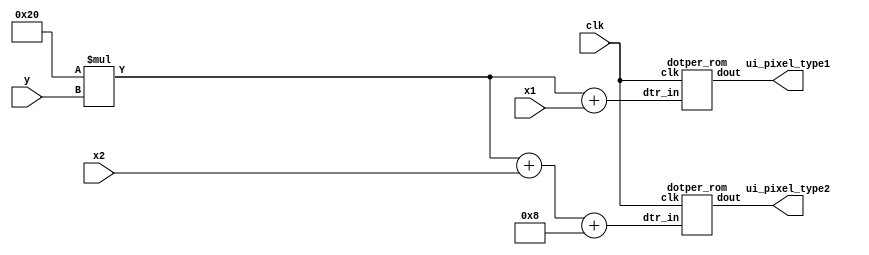
`timescale 1ns / 1ps

module dotper_rom_reader(
    input clk,
    input [4:0]x1,
    input [4:0]x2,
    input [4:0]y,
    output [1:0] ui_pixel_type1,
    output [1:0] ui_pixel_type2
    );
    wire [9:0] dpt_in1;
    wire [9:0] dpt_in2;
    dotper_rom dpr1(clk,dpt_in1, ui_pixel_type1);
    dotper_rom dpr2(clk,dpt_in2, ui_pixel_type2);

    assign dpt_in1 = 32*y+x1;
    assign dpt_in2 = 32*y+x2+8;
    
endmodule

module dotper_rom(
    input clk,
    input [9:0]dtr_in,
    output reg[1:0] dout
    );
    wire [1:0] memdotper[767:0];
    always @(posedge clk)begin
        dout = memdotper[dtr_in];
    end
          
    assign memdotper[0   ] = 2'd0;
    assign memdotper[1   ] = 2'd0;
    assign memdotper[2   ] = 2'd0;
    assign memdotper[3   ] = 2'd0;
    assign memdotper[4   ] = 2'd0;
    assign memdotper[5   ] = 2'd0;
    assign memdotper[6   ] = 2'd0;
    assign memdotper[7   ] = 2'd0;
    assign memdotper[8   ] = 2'd0;
    assign memdotper[9   ] = 2'd0;
    assign memdotper[10  ] = 2'd0;
    assign memdotper[11  ] = 2'd2;
    assign memdotper[12  ] = 2'd2;
    assign memdotper[13  ] = 2'd2;
    assign memdotper[14  ] = 2'd2;
    assign memdotper[15  ] = 2'd2;
    assign memdotper[16  ] = 2'd0;
    assign memdotper[17  ] = 2'd0;
    assign memdotper[18  ] = 2'd0;
    assign memdotper[19  ] = 2'd0;
    assign memdotper[20  ] = 2'd0;
    assign memdotper[21  ] = 2'd0;
    assign memdotper[22  ] = 2'd0;
    assign memdotper[23  ] = 2'd0;
    assign memdotper[24  ] = 2'd0;
    assign memdotper[25  ] = 2'd2;
    assign memdotper[26  ] = 2'd2;
    assign memdotper[27  ] = 2'd2;
    assign memdotper[28  ] = 2'd0;
    assign memdotper[29  ] = 2'd0;
    assign memdotper[30  ] = 2'd0;
    assign memdotper[31  ] = 2'd0;
    assign memdotper[32  ] = 2'd0;
    assign memdotper[33  ] = 2'd0;
    assign memdotper[34  ] = 2'd0;
    assign memdotper[35  ] = 2'd0;
    assign memdotper[36  ] = 2'd0;
    assign memdotper[37  ] = 2'd0;
    assign memdotper[38  ] = 2'd0;
    assign memdotper[39  ] = 2'd0;
    assign memdotper[40  ] = 2'd0;
    assign memdotper[41  ] = 2'd0;
    assign memdotper[42  ] = 2'd2;
    assign memdotper[43  ] = 2'd2;
    assign memdotper[44  ] = 2'd2;
    assign memdotper[45  ] = 2'd2;
    assign memdotper[46  ] = 2'd2;
    assign memdotper[47  ] = 2'd2;
    assign memdotper[48  ] = 2'd2;
    assign memdotper[49  ] = 2'd0;
    assign memdotper[50  ] = 2'd0;
    assign memdotper[51  ] = 2'd0;
    assign memdotper[52  ] = 2'd0;
    assign memdotper[53  ] = 2'd0;
    assign memdotper[54  ] = 2'd0;
    assign memdotper[55  ] = 2'd0;
    assign memdotper[56  ] = 2'd2;
    assign memdotper[57  ] = 2'd2;
    assign memdotper[58  ] = 2'd2;
    assign memdotper[59  ] = 2'd1;
    assign memdotper[60  ] = 2'd1;
    assign memdotper[61  ] = 2'd0;
    assign memdotper[62  ] = 2'd0;
    assign memdotper[63  ] = 2'd0;
    assign memdotper[64  ] = 2'd0;
    assign memdotper[65  ] = 2'd0;
    assign memdotper[66  ] = 2'd0;
    assign memdotper[67  ] = 2'd0;
    assign memdotper[68  ] = 2'd0;
    assign memdotper[69  ] = 2'd0;
    assign memdotper[70  ] = 2'd0;
    assign memdotper[71  ] = 2'd0;
    assign memdotper[72  ] = 2'd0;
    assign memdotper[73  ] = 2'd2;
    assign memdotper[74  ] = 2'd2;
    assign memdotper[75  ] = 2'd2;
    assign memdotper[76  ] = 2'd1;
    assign memdotper[77  ] = 2'd1;
    assign memdotper[78  ] = 2'd1;
    assign memdotper[79  ] = 2'd2;
    assign memdotper[80  ] = 2'd2;
    assign memdotper[81  ] = 2'd2;
    assign memdotper[82  ] = 2'd0;
    assign memdotper[83  ] = 2'd0;
    assign memdotper[84  ] = 2'd0;
    assign memdotper[85  ] = 2'd0;
    assign memdotper[86  ] = 2'd0;
    assign memdotper[87  ] = 2'd0;
    assign memdotper[88  ] = 2'd2;
    assign memdotper[89  ] = 2'd2;
    assign memdotper[90  ] = 2'd1;
    assign memdotper[91  ] = 2'd1;
    assign memdotper[92  ] = 2'd0;
    assign memdotper[93  ] = 2'd0;
    assign memdotper[94  ] = 2'd0;
    assign memdotper[95  ] = 2'd0;
    assign memdotper[96  ] = 2'd0;
    assign memdotper[97  ] = 2'd0;
    assign memdotper[98  ] = 2'd0;
    assign memdotper[99  ] = 2'd0;
    assign memdotper[100 ] = 2'd0;
    assign memdotper[101 ] = 2'd0;
    assign memdotper[102 ] = 2'd0;
    assign memdotper[103 ] = 2'd0;
    assign memdotper[104 ] = 2'd2;
    assign memdotper[105 ] = 2'd2;
    assign memdotper[106 ] = 2'd2;
    assign memdotper[107 ] = 2'd1;
    assign memdotper[108 ] = 2'd1;
    assign memdotper[109 ] = 2'd0;
    assign memdotper[110 ] = 2'd0;
    assign memdotper[111 ] = 2'd0;
    assign memdotper[112 ] = 2'd2;
    assign memdotper[113 ] = 2'd2;
    assign memdotper[114 ] = 2'd2;
    assign memdotper[115 ] = 2'd0;
    assign memdotper[116 ] = 2'd0;
    assign memdotper[117 ] = 2'd0;
    assign memdotper[118 ] = 2'd0;
    assign memdotper[119 ] = 2'd2;
    assign memdotper[120 ] = 2'd2;
    assign memdotper[121 ] = 2'd2;
    assign memdotper[122 ] = 2'd1;
    assign memdotper[123 ] = 2'd0;
    assign memdotper[124 ] = 2'd0;
    assign memdotper[125 ] = 2'd0;
    assign memdotper[126 ] = 2'd0;
    assign memdotper[127 ] = 2'd0;
    assign memdotper[128 ] = 2'd0;
    assign memdotper[129 ] = 2'd0;
    assign memdotper[130 ] = 2'd0;
    assign memdotper[131 ] = 2'd0;
    assign memdotper[132 ] = 2'd0;
    assign memdotper[133 ] = 2'd0;
    assign memdotper[134 ] = 2'd0;
    assign memdotper[135 ] = 2'd0;
    assign memdotper[136 ] = 2'd2;
    assign memdotper[137 ] = 2'd2;
    assign memdotper[138 ] = 2'd1;
    assign memdotper[139 ] = 2'd1;
    assign memdotper[140 ] = 2'd0;
    assign memdotper[141 ] = 2'd0;
    assign memdotper[142 ] = 2'd0;
    assign memdotper[143 ] = 2'd0;
    assign memdotper[144 ] = 2'd0;
    assign memdotper[145 ] = 2'd2;
    assign memdotper[146 ] = 2'd2;
    assign memdotper[147 ] = 2'd0;
    assign memdotper[148 ] = 2'd0;
    assign memdotper[149 ] = 2'd0;
    assign memdotper[150 ] = 2'd0;
    assign memdotper[151 ] = 2'd2;
    assign memdotper[152 ] = 2'd2;
    assign memdotper[153 ] = 2'd1;
    assign memdotper[154 ] = 2'd1;
    assign memdotper[155 ] = 2'd0;
    assign memdotper[156 ] = 2'd0;
    assign memdotper[157 ] = 2'd0;
    assign memdotper[158 ] = 2'd0;
    assign memdotper[159 ] = 2'd0;
    assign memdotper[160 ] = 2'd0;
    assign memdotper[161 ] = 2'd0;
    assign memdotper[162 ] = 2'd0;
    assign memdotper[163 ] = 2'd0;
    assign memdotper[164 ] = 2'd0;
    assign memdotper[165 ] = 2'd0;
    assign memdotper[166 ] = 2'd0;
    assign memdotper[167 ] = 2'd0;
    assign memdotper[168 ] = 2'd2;
    assign memdotper[169 ] = 2'd2;
    assign memdotper[170 ] = 2'd1;
    assign memdotper[171 ] = 2'd0;
    assign memdotper[172 ] = 2'd0;
    assign memdotper[173 ] = 2'd0;
    assign memdotper[174 ] = 2'd0;
    assign memdotper[175 ] = 2'd0;
    assign memdotper[176 ] = 2'd0;
    assign memdotper[177 ] = 2'd2;
    assign memdotper[178 ] = 2'd2;
    assign memdotper[179 ] = 2'd1;
    assign memdotper[180 ] = 2'd0;
    assign memdotper[181 ] = 2'd0;
    assign memdotper[182 ] = 2'd2;
    assign memdotper[183 ] = 2'd2;
    assign memdotper[184 ] = 2'd1;
    assign memdotper[185 ] = 2'd1;
    assign memdotper[186 ] = 2'd0;
    assign memdotper[187 ] = 2'd0;
    assign memdotper[188 ] = 2'd0;
    assign memdotper[189 ] = 2'd0;
    assign memdotper[190 ] = 2'd0;
    assign memdotper[191 ] = 2'd0;
    assign memdotper[192 ] = 2'd0;
    assign memdotper[193 ] = 2'd0;
    assign memdotper[194 ] = 2'd0;
    assign memdotper[195 ] = 2'd0;
    assign memdotper[196 ] = 2'd0;
    assign memdotper[197 ] = 2'd0;
    assign memdotper[198 ] = 2'd0;
    assign memdotper[199 ] = 2'd0;
    assign memdotper[200 ] = 2'd2;
    assign memdotper[201 ] = 2'd2;
    assign memdotper[202 ] = 2'd1;
    assign memdotper[203 ] = 2'd0;
    assign memdotper[204 ] = 2'd0;
    assign memdotper[205 ] = 2'd0;
    assign memdotper[206 ] = 2'd0;
    assign memdotper[207 ] = 2'd0;
    assign memdotper[208 ] = 2'd0;
    assign memdotper[209 ] = 2'd2;
    assign memdotper[210 ] = 2'd2;
    assign memdotper[211 ] = 2'd1;
    assign memdotper[212 ] = 2'd0;
    assign memdotper[213 ] = 2'd2;
    assign memdotper[214 ] = 2'd2;
    assign memdotper[215 ] = 2'd2;
    assign memdotper[216 ] = 2'd1;
    assign memdotper[217 ] = 2'd0;
    assign memdotper[218 ] = 2'd0;
    assign memdotper[219 ] = 2'd0;
    assign memdotper[220 ] = 2'd0;
    assign memdotper[221 ] = 2'd0;
    assign memdotper[222 ] = 2'd0;
    assign memdotper[223 ] = 2'd0;
    assign memdotper[224 ] = 2'd0;
    assign memdotper[225 ] = 2'd0;
    assign memdotper[226 ] = 2'd0;
    assign memdotper[227 ] = 2'd0;
    assign memdotper[228 ] = 2'd0;
    assign memdotper[229 ] = 2'd0;
    assign memdotper[230 ] = 2'd0;
    assign memdotper[231 ] = 2'd0;
    assign memdotper[232 ] = 2'd2;
    assign memdotper[233 ] = 2'd2;
    assign memdotper[234 ] = 2'd2;
    assign memdotper[235 ] = 2'd0;
    assign memdotper[236 ] = 2'd0;
    assign memdotper[237 ] = 2'd0;
    assign memdotper[238 ] = 2'd0;
    assign memdotper[239 ] = 2'd0;
    assign memdotper[240 ] = 2'd2;
    assign memdotper[241 ] = 2'd2;
    assign memdotper[242 ] = 2'd2;
    assign memdotper[243 ] = 2'd1;
    assign memdotper[244 ] = 2'd0;
    assign memdotper[245 ] = 2'd2;
    assign memdotper[246 ] = 2'd2;
    assign memdotper[247 ] = 2'd1;
    assign memdotper[248 ] = 2'd1;
    assign memdotper[249 ] = 2'd0;
    assign memdotper[250 ] = 2'd0;
    assign memdotper[251 ] = 2'd0;
    assign memdotper[252 ] = 2'd0;
    assign memdotper[253 ] = 2'd0;
    assign memdotper[254 ] = 2'd0;
    assign memdotper[255 ] = 2'd0;
    assign memdotper[256 ] = 2'd0;
    assign memdotper[257 ] = 2'd0;
    assign memdotper[258 ] = 2'd0;
    assign memdotper[259 ] = 2'd0;
    assign memdotper[260 ] = 2'd0;
    assign memdotper[261 ] = 2'd0;
    assign memdotper[262 ] = 2'd0;
    assign memdotper[263 ] = 2'd0;
    assign memdotper[264 ] = 2'd0;
    assign memdotper[265 ] = 2'd2;
    assign memdotper[266 ] = 2'd2;
    assign memdotper[267 ] = 2'd2;
    assign memdotper[268 ] = 2'd0;
    assign memdotper[269 ] = 2'd0;
    assign memdotper[270 ] = 2'd0;
    assign memdotper[271 ] = 2'd2;
    assign memdotper[272 ] = 2'd2;
    assign memdotper[273 ] = 2'd2;
    assign memdotper[274 ] = 2'd1;
    assign memdotper[275 ] = 2'd1;
    assign memdotper[276 ] = 2'd2;
    assign memdotper[277 ] = 2'd2;
    assign memdotper[278 ] = 2'd1;
    assign memdotper[279 ] = 2'd1;
    assign memdotper[280 ] = 2'd0;
    assign memdotper[281 ] = 2'd0;
    assign memdotper[282 ] = 2'd0;
    assign memdotper[283 ] = 2'd0;
    assign memdotper[284 ] = 2'd0;
    assign memdotper[285 ] = 2'd0;
    assign memdotper[286 ] = 2'd0;
    assign memdotper[287 ] = 2'd0;
    assign memdotper[288 ] = 2'd0;
    assign memdotper[289 ] = 2'd0;
    assign memdotper[290 ] = 2'd0;
    assign memdotper[291 ] = 2'd0;
    assign memdotper[292 ] = 2'd0;
    assign memdotper[293 ] = 2'd0;
    assign memdotper[294 ] = 2'd0;
    assign memdotper[295 ] = 2'd0;
    assign memdotper[296 ] = 2'd0;
    assign memdotper[297 ] = 2'd0;
    assign memdotper[298 ] = 2'd2;
    assign memdotper[299 ] = 2'd2;
    assign memdotper[300 ] = 2'd2;
    assign memdotper[301 ] = 2'd2;
    assign memdotper[302 ] = 2'd2;
    assign memdotper[303 ] = 2'd2;
    assign memdotper[304 ] = 2'd2;
    assign memdotper[305 ] = 2'd1;
    assign memdotper[306 ] = 2'd1;
    assign memdotper[307 ] = 2'd2;
    assign memdotper[308 ] = 2'd2;
    assign memdotper[309 ] = 2'd2;
    assign memdotper[310 ] = 2'd1;
    assign memdotper[311 ] = 2'd0;
    assign memdotper[312 ] = 2'd0;
    assign memdotper[313 ] = 2'd0;
    assign memdotper[314 ] = 2'd0;
    assign memdotper[315 ] = 2'd0;
    assign memdotper[316 ] = 2'd0;
    assign memdotper[317 ] = 2'd0;
    assign memdotper[318 ] = 2'd0;
    assign memdotper[319 ] = 2'd0;
    assign memdotper[320 ] = 2'd0;
    assign memdotper[321 ] = 2'd0;
    assign memdotper[322 ] = 2'd0;
    assign memdotper[323 ] = 2'd0;
    assign memdotper[324 ] = 2'd0;
    assign memdotper[325 ] = 2'd0;
    assign memdotper[326 ] = 2'd0;
    assign memdotper[327 ] = 2'd0;
    assign memdotper[328 ] = 2'd0;
    assign memdotper[329 ] = 2'd0;
    assign memdotper[330 ] = 2'd0;
    assign memdotper[331 ] = 2'd2;
    assign memdotper[332 ] = 2'd2;
    assign memdotper[333 ] = 2'd2;
    assign memdotper[334 ] = 2'd2;
    assign memdotper[335 ] = 2'd2;
    assign memdotper[336 ] = 2'd1;
    assign memdotper[337 ] = 2'd1;
    assign memdotper[338 ] = 2'd0;
    assign memdotper[339 ] = 2'd2;
    assign memdotper[340 ] = 2'd2;
    assign memdotper[341 ] = 2'd1;
    assign memdotper[342 ] = 2'd1;
    assign memdotper[343 ] = 2'd0;
    assign memdotper[344 ] = 2'd0;
    assign memdotper[345 ] = 2'd0;
    assign memdotper[346 ] = 2'd0;
    assign memdotper[347 ] = 2'd0;
    assign memdotper[348 ] = 2'd0;
    assign memdotper[349 ] = 2'd0;
    assign memdotper[350 ] = 2'd0;
    assign memdotper[351 ] = 2'd0;
    assign memdotper[352 ] = 2'd0;
    assign memdotper[353 ] = 2'd0;
    assign memdotper[354 ] = 2'd0;
    assign memdotper[355 ] = 2'd0;
    assign memdotper[356 ] = 2'd0;
    assign memdotper[357 ] = 2'd0;
    assign memdotper[358 ] = 2'd0;
    assign memdotper[359 ] = 2'd0;
    assign memdotper[360 ] = 2'd0;
    assign memdotper[361 ] = 2'd0;
    assign memdotper[362 ] = 2'd0;
    assign memdotper[363 ] = 2'd0;
    assign memdotper[364 ] = 2'd1;
    assign memdotper[365 ] = 2'd1;
    assign memdotper[366 ] = 2'd1;
    assign memdotper[367 ] = 2'd1;
    assign memdotper[368 ] = 2'd1;
    assign memdotper[369 ] = 2'd0;
    assign memdotper[370 ] = 2'd2;
    assign memdotper[371 ] = 2'd2;
    assign memdotper[372 ] = 2'd1;
    assign memdotper[373 ] = 2'd1;
    assign memdotper[374 ] = 2'd0;
    assign memdotper[375 ] = 2'd0;
    assign memdotper[376 ] = 2'd0;
    assign memdotper[377 ] = 2'd0;
    assign memdotper[378 ] = 2'd0;
    assign memdotper[379 ] = 2'd0;
    assign memdotper[380 ] = 2'd0;
    assign memdotper[381 ] = 2'd0;
    assign memdotper[382 ] = 2'd0;
    assign memdotper[383 ] = 2'd0;
    assign memdotper[384 ] = 2'd0;
    assign memdotper[385 ] = 2'd0;
    assign memdotper[386 ] = 2'd0;
    assign memdotper[387 ] = 2'd0;
    assign memdotper[388 ] = 2'd0;
    assign memdotper[389 ] = 2'd0;
    assign memdotper[390 ] = 2'd0;
    assign memdotper[391 ] = 2'd0;
    assign memdotper[392 ] = 2'd0;
    assign memdotper[393 ] = 2'd0;
    assign memdotper[394 ] = 2'd0;
    assign memdotper[395 ] = 2'd0;
    assign memdotper[396 ] = 2'd0;
    assign memdotper[397 ] = 2'd0;
    assign memdotper[398 ] = 2'd0;
    assign memdotper[399 ] = 2'd0;
    assign memdotper[400 ] = 2'd0;
    assign memdotper[401 ] = 2'd2;
    assign memdotper[402 ] = 2'd2;
    assign memdotper[403 ] = 2'd2;
    assign memdotper[404 ] = 2'd1;
    assign memdotper[405 ] = 2'd0;
    assign memdotper[406 ] = 2'd0;
    assign memdotper[407 ] = 2'd2;
    assign memdotper[408 ] = 2'd2;
    assign memdotper[409 ] = 2'd2;
    assign memdotper[410 ] = 2'd2;
    assign memdotper[411 ] = 2'd2;
    assign memdotper[412 ] = 2'd0;
    assign memdotper[413 ] = 2'd0;
    assign memdotper[414 ] = 2'd0;
    assign memdotper[415 ] = 2'd0;
    assign memdotper[416 ] = 2'd0;
    assign memdotper[417 ] = 2'd0;
    assign memdotper[418 ] = 2'd0;
    assign memdotper[419 ] = 2'd0;
    assign memdotper[420 ] = 2'd0;
    assign memdotper[421 ] = 2'd0;
    assign memdotper[422 ] = 2'd0;
    assign memdotper[423 ] = 2'd0;
    assign memdotper[424 ] = 2'd0;
    assign memdotper[425 ] = 2'd0;
    assign memdotper[426 ] = 2'd0;
    assign memdotper[427 ] = 2'd0;
    assign memdotper[428 ] = 2'd0;
    assign memdotper[429 ] = 2'd0;
    assign memdotper[430 ] = 2'd0;
    assign memdotper[431 ] = 2'd0;
    assign memdotper[432 ] = 2'd0;
    assign memdotper[433 ] = 2'd2;
    assign memdotper[434 ] = 2'd2;
    assign memdotper[435 ] = 2'd1;
    assign memdotper[436 ] = 2'd1;
    assign memdotper[437 ] = 2'd0;
    assign memdotper[438 ] = 2'd2;
    assign memdotper[439 ] = 2'd2;
    assign memdotper[440 ] = 2'd2;
    assign memdotper[441 ] = 2'd2;
    assign memdotper[442 ] = 2'd2;
    assign memdotper[443 ] = 2'd2;
    assign memdotper[444 ] = 2'd2;
    assign memdotper[445 ] = 2'd0;
    assign memdotper[446 ] = 2'd0;
    assign memdotper[447 ] = 2'd0;
    assign memdotper[448 ] = 2'd0;
    assign memdotper[449 ] = 2'd0;
    assign memdotper[450 ] = 2'd0;
    assign memdotper[451 ] = 2'd0;
    assign memdotper[452 ] = 2'd0;
    assign memdotper[453 ] = 2'd0;
    assign memdotper[454 ] = 2'd0;
    assign memdotper[455 ] = 2'd0;
    assign memdotper[456 ] = 2'd0;
    assign memdotper[457 ] = 2'd0;
    assign memdotper[458 ] = 2'd0;
    assign memdotper[459 ] = 2'd0;
    assign memdotper[460 ] = 2'd0;
    assign memdotper[461 ] = 2'd0;
    assign memdotper[462 ] = 2'd0;
    assign memdotper[463 ] = 2'd0;
    assign memdotper[464 ] = 2'd2;
    assign memdotper[465 ] = 2'd2;
    assign memdotper[466 ] = 2'd1;
    assign memdotper[467 ] = 2'd1;
    assign memdotper[468 ] = 2'd0;
    assign memdotper[469 ] = 2'd2;
    assign memdotper[470 ] = 2'd2;
    assign memdotper[471 ] = 2'd2;
    assign memdotper[472 ] = 2'd1;
    assign memdotper[473 ] = 2'd1;
    assign memdotper[474 ] = 2'd1;
    assign memdotper[475 ] = 2'd2;
    assign memdotper[476 ] = 2'd2;
    assign memdotper[477 ] = 2'd2;
    assign memdotper[478 ] = 2'd0;
    assign memdotper[479 ] = 2'd0;
    assign memdotper[480 ] = 2'd0;
    assign memdotper[481 ] = 2'd0;
    assign memdotper[482 ] = 2'd0;
    assign memdotper[483 ] = 2'd0;
    assign memdotper[484 ] = 2'd0;
    assign memdotper[485 ] = 2'd0;
    assign memdotper[486 ] = 2'd0;
    assign memdotper[487 ] = 2'd0;
    assign memdotper[488 ] = 2'd0;
    assign memdotper[489 ] = 2'd0;
    assign memdotper[490 ] = 2'd0;
    assign memdotper[491 ] = 2'd0;
    assign memdotper[492 ] = 2'd0;
    assign memdotper[493 ] = 2'd0;
    assign memdotper[494 ] = 2'd0;
    assign memdotper[495 ] = 2'd2;
    assign memdotper[496 ] = 2'd2;
    assign memdotper[497 ] = 2'd2;
    assign memdotper[498 ] = 2'd1;
    assign memdotper[499 ] = 2'd0;
    assign memdotper[500 ] = 2'd2;
    assign memdotper[501 ] = 2'd2;
    assign memdotper[502 ] = 2'd2;
    assign memdotper[503 ] = 2'd1;
    assign memdotper[504 ] = 2'd1;
    assign memdotper[505 ] = 2'd0;
    assign memdotper[506 ] = 2'd0;
    assign memdotper[507 ] = 2'd0;
    assign memdotper[508 ] = 2'd2;
    assign memdotper[509 ] = 2'd2;
    assign memdotper[510 ] = 2'd2;
    assign memdotper[511 ] = 2'd0;
    assign memdotper[512 ] = 2'd0;
    assign memdotper[513 ] = 2'd0;
    assign memdotper[514 ] = 2'd0;
    assign memdotper[515 ] = 2'd0;
    assign memdotper[516 ] = 2'd0;
    assign memdotper[517 ] = 2'd0;
    assign memdotper[518 ] = 2'd0;
    assign memdotper[519 ] = 2'd0;
    assign memdotper[520 ] = 2'd0;
    assign memdotper[521 ] = 2'd0;
    assign memdotper[522 ] = 2'd0;
    assign memdotper[523 ] = 2'd0;
    assign memdotper[524 ] = 2'd0;
    assign memdotper[525 ] = 2'd0;
    assign memdotper[526 ] = 2'd0;
    assign memdotper[527 ] = 2'd2;
    assign memdotper[528 ] = 2'd2;
    assign memdotper[529 ] = 2'd1;
    assign memdotper[530 ] = 2'd1;
    assign memdotper[531 ] = 2'd0;
    assign memdotper[532 ] = 2'd2;
    assign memdotper[533 ] = 2'd2;
    assign memdotper[534 ] = 2'd1;
    assign memdotper[535 ] = 2'd1;
    assign memdotper[536 ] = 2'd0;
    assign memdotper[537 ] = 2'd0;
    assign memdotper[538 ] = 2'd0;
    assign memdotper[539 ] = 2'd0;
    assign memdotper[540 ] = 2'd0;
    assign memdotper[541 ] = 2'd2;
    assign memdotper[542 ] = 2'd2;
    assign memdotper[543 ] = 2'd1;
    assign memdotper[544 ] = 2'd0;
    assign memdotper[545 ] = 2'd0;
    assign memdotper[546 ] = 2'd0;
    assign memdotper[547 ] = 2'd0;
    assign memdotper[548 ] = 2'd0;
    assign memdotper[549 ] = 2'd0;
    assign memdotper[550 ] = 2'd0;
    assign memdotper[551 ] = 2'd0;
    assign memdotper[552 ] = 2'd0;
    assign memdotper[553 ] = 2'd0;
    assign memdotper[554 ] = 2'd0;
    assign memdotper[555 ] = 2'd0;
    assign memdotper[556 ] = 2'd0;
    assign memdotper[557 ] = 2'd0;
    assign memdotper[558 ] = 2'd2;
    assign memdotper[559 ] = 2'd2;
    assign memdotper[560 ] = 2'd1;
    assign memdotper[561 ] = 2'd1;
    assign memdotper[562 ] = 2'd0;
    assign memdotper[563 ] = 2'd0;
    assign memdotper[564 ] = 2'd2;
    assign memdotper[565 ] = 2'd2;
    assign memdotper[566 ] = 2'd1;
    assign memdotper[567 ] = 2'd0;
    assign memdotper[568 ] = 2'd0;
    assign memdotper[569 ] = 2'd0;
    assign memdotper[570 ] = 2'd0;
    assign memdotper[571 ] = 2'd0;
    assign memdotper[572 ] = 2'd0;
    assign memdotper[573 ] = 2'd2;
    assign memdotper[574 ] = 2'd2;
    assign memdotper[575 ] = 2'd1;
    assign memdotper[576 ] = 2'd0;
    assign memdotper[577 ] = 2'd0;
    assign memdotper[578 ] = 2'd0;
    assign memdotper[579 ] = 2'd0;
    assign memdotper[580 ] = 2'd0;
    assign memdotper[581 ] = 2'd0;
    assign memdotper[582 ] = 2'd0;
    assign memdotper[583 ] = 2'd0;
    assign memdotper[584 ] = 2'd0;
    assign memdotper[585 ] = 2'd0;
    assign memdotper[586 ] = 2'd0;
    assign memdotper[587 ] = 2'd0;
    assign memdotper[588 ] = 2'd0;
    assign memdotper[589 ] = 2'd2;
    assign memdotper[590 ] = 2'd2;
    assign memdotper[591 ] = 2'd2;
    assign memdotper[592 ] = 2'd1;
    assign memdotper[593 ] = 2'd0;
    assign memdotper[594 ] = 2'd0;
    assign memdotper[595 ] = 2'd0;
    assign memdotper[596 ] = 2'd2;
    assign memdotper[597 ] = 2'd2;
    assign memdotper[598 ] = 2'd1;
    assign memdotper[599 ] = 2'd0;
    assign memdotper[600 ] = 2'd0;
    assign memdotper[601 ] = 2'd0;
    assign memdotper[602 ] = 2'd0;
    assign memdotper[603 ] = 2'd0;
    assign memdotper[604 ] = 2'd0;
    assign memdotper[605 ] = 2'd2;
    assign memdotper[606 ] = 2'd2;
    assign memdotper[607 ] = 2'd1;
    assign memdotper[608 ] = 2'd0;
    assign memdotper[609 ] = 2'd0;
    assign memdotper[610 ] = 2'd2;
    assign memdotper[611 ] = 2'd2;
    assign memdotper[612 ] = 2'd0;
    assign memdotper[613 ] = 2'd0;
    assign memdotper[614 ] = 2'd0;
    assign memdotper[615 ] = 2'd0;
    assign memdotper[616 ] = 2'd0;
    assign memdotper[617 ] = 2'd0;
    assign memdotper[618 ] = 2'd0;
    assign memdotper[619 ] = 2'd0;
    assign memdotper[620 ] = 2'd0;
    assign memdotper[621 ] = 2'd2;
    assign memdotper[622 ] = 2'd2;
    assign memdotper[623 ] = 2'd1;
    assign memdotper[624 ] = 2'd1;
    assign memdotper[625 ] = 2'd0;
    assign memdotper[626 ] = 2'd0;
    assign memdotper[627 ] = 2'd0;
    assign memdotper[628 ] = 2'd2;
    assign memdotper[629 ] = 2'd2;
    assign memdotper[630 ] = 2'd2;
    assign memdotper[631 ] = 2'd0;
    assign memdotper[632 ] = 2'd0;
    assign memdotper[633 ] = 2'd0;
    assign memdotper[634 ] = 2'd0;
    assign memdotper[635 ] = 2'd0;
    assign memdotper[636 ] = 2'd2;
    assign memdotper[637 ] = 2'd2;
    assign memdotper[638 ] = 2'd2;
    assign memdotper[639 ] = 2'd1;
    assign memdotper[640 ] = 2'd0;
    assign memdotper[641 ] = 2'd2;
    assign memdotper[642 ] = 2'd2;
    assign memdotper[643 ] = 2'd2;
    assign memdotper[644 ] = 2'd2;
    assign memdotper[645 ] = 2'd0;
    assign memdotper[646 ] = 2'd0;
    assign memdotper[647 ] = 2'd0;
    assign memdotper[648 ] = 2'd0;
    assign memdotper[649 ] = 2'd0;
    assign memdotper[650 ] = 2'd0;
    assign memdotper[651 ] = 2'd0;
    assign memdotper[652 ] = 2'd2;
    assign memdotper[653 ] = 2'd2;
    assign memdotper[654 ] = 2'd1;
    assign memdotper[655 ] = 2'd1;
    assign memdotper[656 ] = 2'd0;
    assign memdotper[657 ] = 2'd0;
    assign memdotper[658 ] = 2'd0;
    assign memdotper[659 ] = 2'd0;
    assign memdotper[660 ] = 2'd0;
    assign memdotper[661 ] = 2'd2;
    assign memdotper[662 ] = 2'd2;
    assign memdotper[663 ] = 2'd2;
    assign memdotper[664 ] = 2'd0;
    assign memdotper[665 ] = 2'd0;
    assign memdotper[666 ] = 2'd0;
    assign memdotper[667 ] = 2'd2;
    assign memdotper[668 ] = 2'd2;
    assign memdotper[669 ] = 2'd2;
    assign memdotper[670 ] = 2'd1;
    assign memdotper[671 ] = 2'd1;
    assign memdotper[672 ] = 2'd0;
    assign memdotper[673 ] = 2'd2;
    assign memdotper[674 ] = 2'd2;
    assign memdotper[675 ] = 2'd2;
    assign memdotper[676 ] = 2'd2;
    assign memdotper[677 ] = 2'd1;
    assign memdotper[678 ] = 2'd0;
    assign memdotper[679 ] = 2'd0;
    assign memdotper[680 ] = 2'd0;
    assign memdotper[681 ] = 2'd0;
    assign memdotper[682 ] = 2'd0;
    assign memdotper[683 ] = 2'd2;
    assign memdotper[684 ] = 2'd2;
    assign memdotper[685 ] = 2'd2;
    assign memdotper[686 ] = 2'd1;
    assign memdotper[687 ] = 2'd0;
    assign memdotper[688 ] = 2'd0;
    assign memdotper[689 ] = 2'd0;
    assign memdotper[690 ] = 2'd0;
    assign memdotper[691 ] = 2'd0;
    assign memdotper[692 ] = 2'd0;
    assign memdotper[693 ] = 2'd0;
    assign memdotper[694 ] = 2'd2;
    assign memdotper[695 ] = 2'd2;
    assign memdotper[696 ] = 2'd2;
    assign memdotper[697 ] = 2'd2;
    assign memdotper[698 ] = 2'd2;
    assign memdotper[699 ] = 2'd2;
    assign memdotper[700 ] = 2'd2;
    assign memdotper[701 ] = 2'd1;
    assign memdotper[702 ] = 2'd1;
    assign memdotper[703 ] = 2'd0;
    assign memdotper[704 ] = 2'd0;
    assign memdotper[705 ] = 2'd0;
    assign memdotper[706 ] = 2'd2;
    assign memdotper[707 ] = 2'd2;
    assign memdotper[708 ] = 2'd1;
    assign memdotper[709 ] = 2'd1;
    assign memdotper[710 ] = 2'd0;
    assign memdotper[711 ] = 2'd0;
    assign memdotper[712 ] = 2'd0;
    assign memdotper[713 ] = 2'd0;
    assign memdotper[714 ] = 2'd0;
    assign memdotper[715 ] = 2'd2;
    assign memdotper[716 ] = 2'd2;
    assign memdotper[717 ] = 2'd1;
    assign memdotper[718 ] = 2'd1;
    assign memdotper[719 ] = 2'd0;
    assign memdotper[720 ] = 2'd0;
    assign memdotper[721 ] = 2'd0;
    assign memdotper[722 ] = 2'd0;
    assign memdotper[723 ] = 2'd0;
    assign memdotper[724 ] = 2'd0;
    assign memdotper[725 ] = 2'd0;
    assign memdotper[726 ] = 2'd0;
    assign memdotper[727 ] = 2'd2;
    assign memdotper[728 ] = 2'd2;
    assign memdotper[729 ] = 2'd2;
    assign memdotper[730 ] = 2'd2;
    assign memdotper[731 ] = 2'd2;
    assign memdotper[732 ] = 2'd1;
    assign memdotper[733 ] = 2'd1;
    assign memdotper[734 ] = 2'd0;
    assign memdotper[735 ] = 2'd0;
    assign memdotper[736 ] = 2'd0;
    assign memdotper[737 ] = 2'd0;
    assign memdotper[738 ] = 2'd0;
    assign memdotper[739 ] = 2'd1;
    assign memdotper[740 ] = 2'd1;
    assign memdotper[741 ] = 2'd0;
    assign memdotper[742 ] = 2'd0;
    assign memdotper[743 ] = 2'd0;
    assign memdotper[744 ] = 2'd0;
    assign memdotper[745 ] = 2'd0;
    assign memdotper[746 ] = 2'd2;
    assign memdotper[747 ] = 2'd2;
    assign memdotper[748 ] = 2'd1;
    assign memdotper[749 ] = 2'd1;
    assign memdotper[750 ] = 2'd0;
    assign memdotper[751 ] = 2'd0;
    assign memdotper[752 ] = 2'd0;
    assign memdotper[753 ] = 2'd0;
    assign memdotper[754 ] = 2'd0;
    assign memdotper[755 ] = 2'd0;
    assign memdotper[756 ] = 2'd0;
    assign memdotper[757 ] = 2'd0;
    assign memdotper[758 ] = 2'd0;
    assign memdotper[759 ] = 2'd0;
    assign memdotper[760 ] = 2'd1;
    assign memdotper[761 ] = 2'd1;
    assign memdotper[762 ] = 2'd1;
    assign memdotper[763 ] = 2'd1;
    assign memdotper[764 ] = 2'd1;
    assign memdotper[765 ] = 2'd0;
    assign memdotper[766 ] = 2'd0;
    assign memdotper[767 ] = 2'd0;

endmodule